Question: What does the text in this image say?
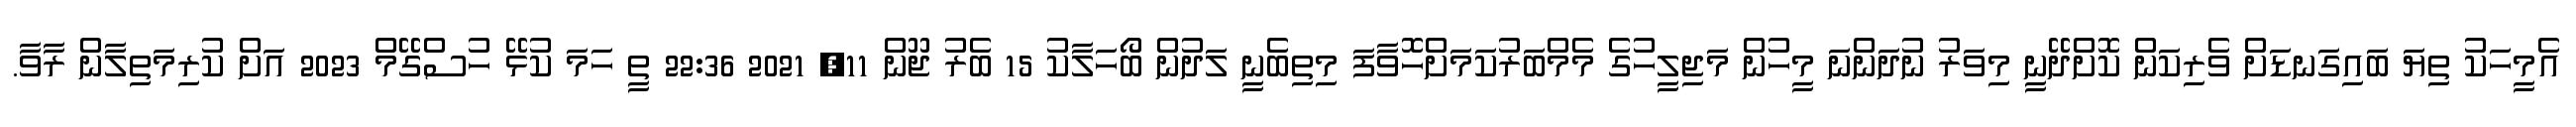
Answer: އެމީހަކު ތިޔަ ބައިގަނޑަށް ވެރިކަން ކޮށްދޭނީ މިވަރު ނުދަންނަ މީހުން މަޖިލީހުގެ މެމްބަރުކަމަށްހޮވާފަ މިތިބެނީ ލަދުން ބޯހަލާކު 15 ބެރު ޖޫން 11, 2021 22:36 ތީ ހަމަ ކުޅޭ ހުސްގޭމް 2023 އަށް ކުރިމަތިލާން ރާވާ.